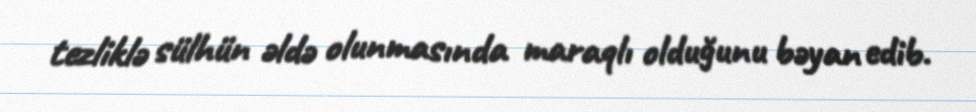
tezliklə sülhün əldə olunmasında maraqlı olduğunu bəyan edib.